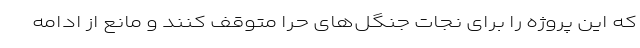
که این پروژه را برای نجات جنگل‌های حرا متوقف کنند و مانع از ادامه